Leningradi_Edasi_toimetus, lk 70
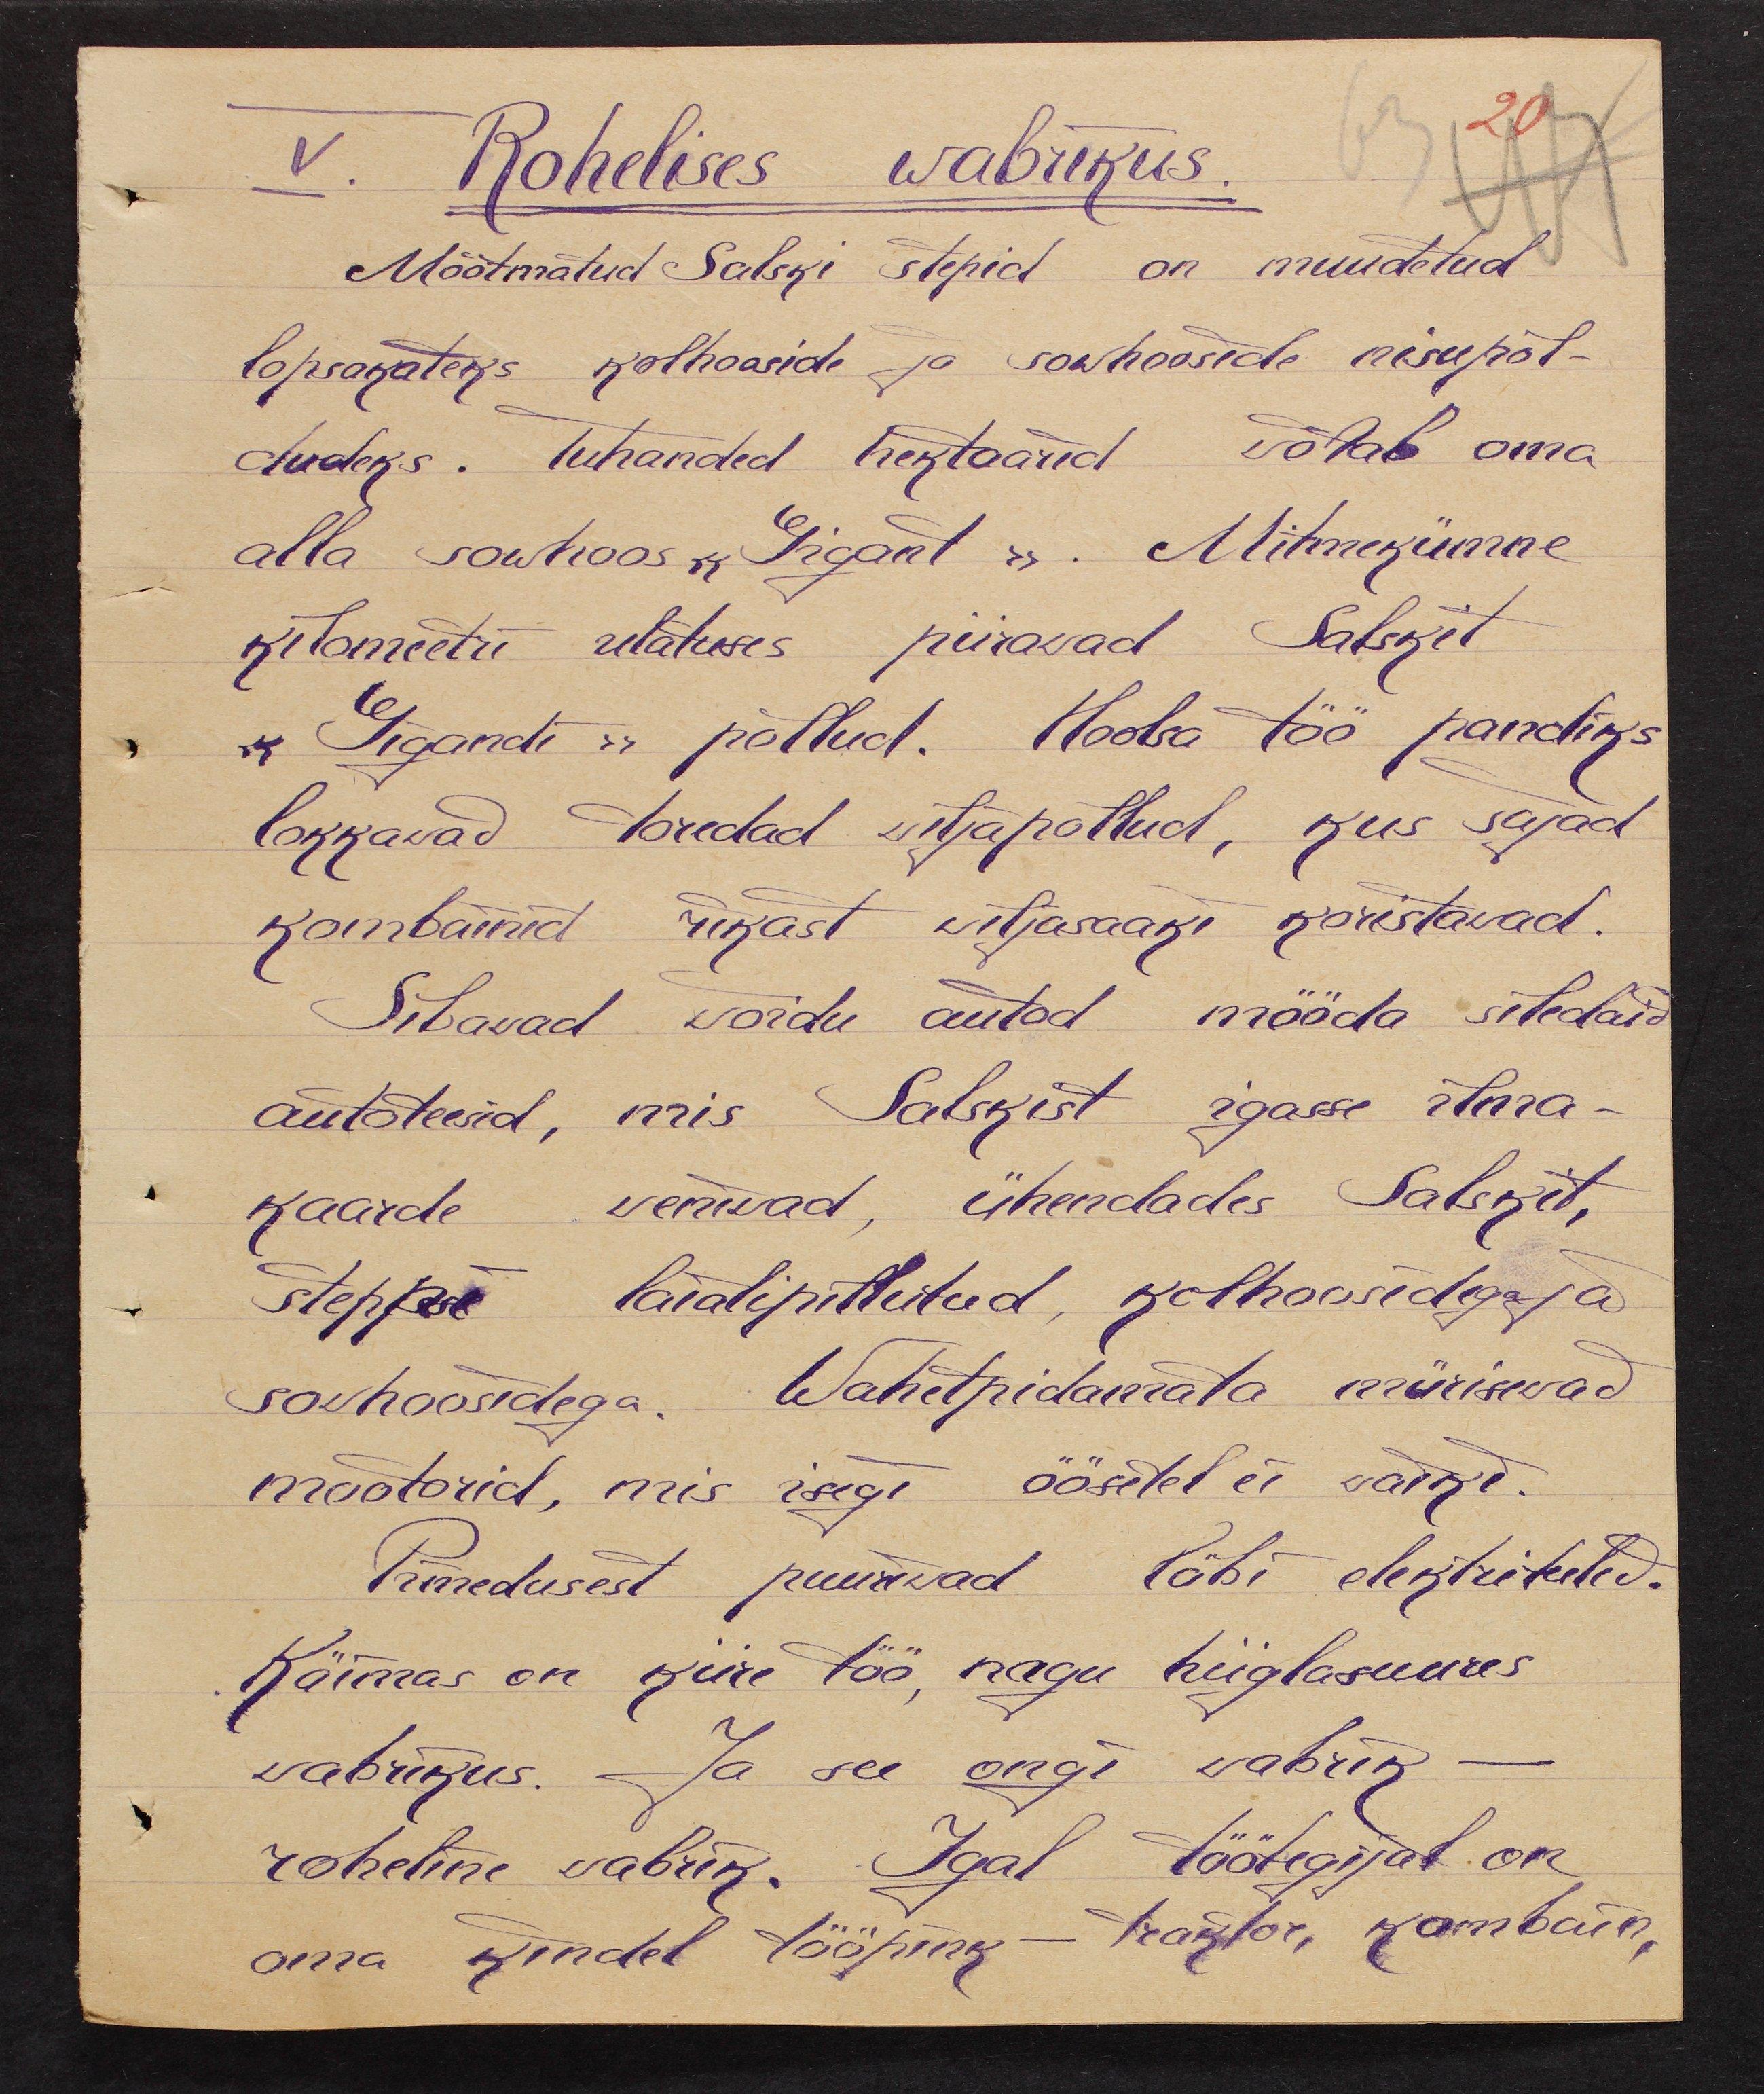
V. Rohelises wabrikus
Mõõtmatud Salski stepid on muudetud
lopsakateks kolhooside ja sowhooside nisupõl-
dudeks. Tuhanded hektaarid wõtab oma
alla sowhoos "Gigant". Mitmekümne
kilomeetri ulatuses piirawad Salskit
"Gigandi" põllud. Hoolsa töö pandiks
lokkawad toredad wiljapõllud, kus sajad
kombainid rikast wiljasaaki koristawad.
Sibawad wõidu autod mööda siledaid
autoteesid, mis Salskist igasse ilma-
kaarde weniwad, ühendades Salskit,
steppi laialipillutud kolhoosidega ja
sowhoosidega. Wahetpidamata mürisewad
mootorid, mis isegi öösetel ei waiki.
Pimedusest puuriwad läbi elektrituled.
Käimas on kiire töö, nagu hiiglasuures
wabrikus. Ja see ongi wabrik -
roheline wabrik. Igal töötegijal on
oma kindel tööpink - traktor, kombain,